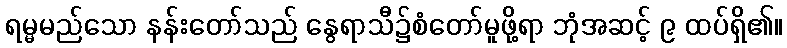
ရမ္မမည်သော နန်းတော်သည် နွေရာသီ၌စံတော်မူဖို့ရာ ဘုံအဆင့် ၉ ထပ်ရှိ၏။